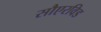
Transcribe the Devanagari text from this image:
सौएरविड